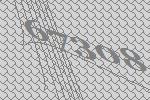
67308